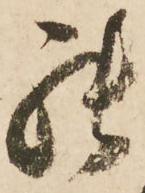
罷